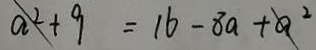
a ^ { 2 } + 9 = 1 6 - 8 a + a ^ { 2 }